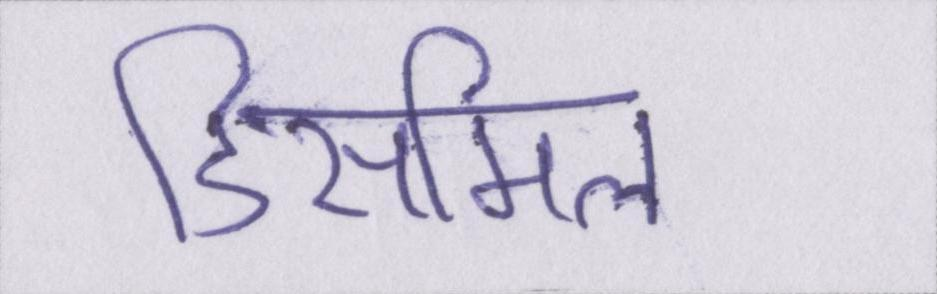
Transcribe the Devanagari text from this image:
डिसमिल